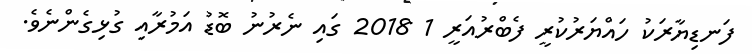
ފަނޑިޔާރަކު ހައްޔަރުކުރީ ފެބްރުއަރީ 1 2018 ގައި ނެރުނު ބޮޑު އަމުރާއި ގުޅިގެންނެވެ.